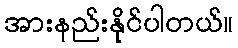
အားနည်းနိုင်ပါတယ်။